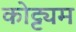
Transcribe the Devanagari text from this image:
कोट्ट्यम